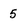
Character: 5